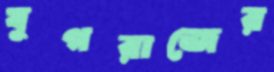
যুগরাজের